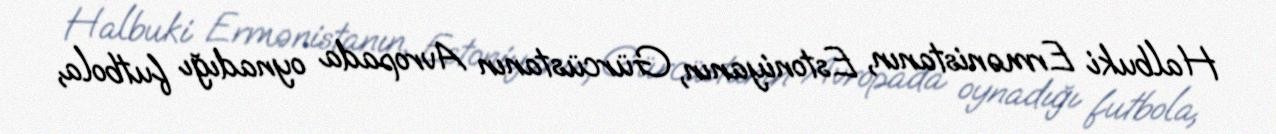
Halbuki Ermənistanın, Estoniyanın, Gürcüstanın Avropada oynadığı futbola,